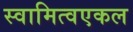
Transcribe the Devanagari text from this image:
स्वामित्वएकल